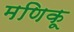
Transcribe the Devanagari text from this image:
मणिकू